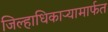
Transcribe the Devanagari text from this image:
जिल्हाधिकाऱ्यामार्फत